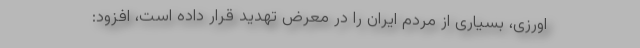
اورزی، بسیاری از مردم ایران را در معرض تهدید قرار داده است، افزود: